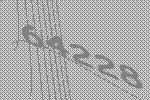
64228